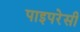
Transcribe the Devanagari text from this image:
पाइपरेसी